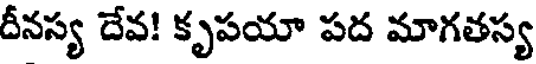
దీనస్య దేవ! కృపయా పద మాగతస్య